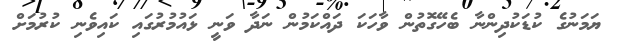
ޔަމަނުގެ ކުޑަކުދިންނާ ބެހޭގޮތުން ވާހަކަ ދައްކަމުން ނަދާ ވަނީ ޅައުމުރުގައި ކައިވެނި ކުރުމަށް